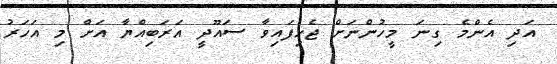
އަދި އެންމެ ގިނަ މީހުންނަށް ޖެހިފައިވާ ސައޫދީ އަރަބިއްޔާ އަށް މި އަހަރު